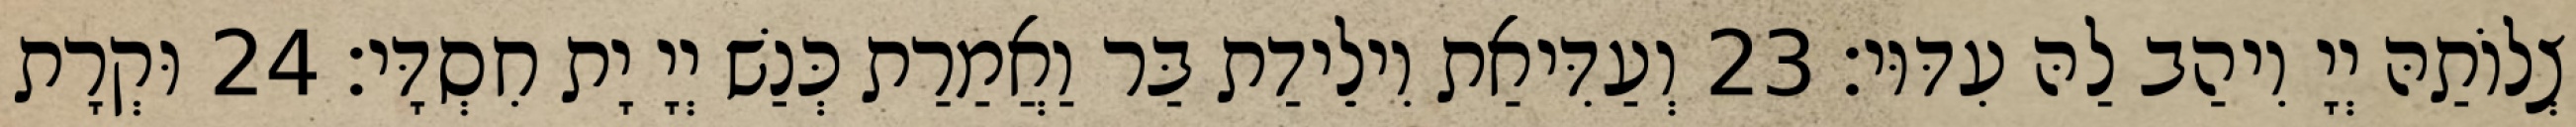
צְלוֹתַהּ יְיָ וִיהַב לַהּ עִדּוּי׃ 23 וְעַדִּיאַת וִילֵידַת בַּר וַאֲמַרַת כְּנַשׁ יְיָ יָת חִסְדָּי׃ 24 וּקְרָת